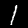
Digit: 1